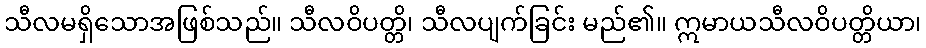
သီလမရှိသောအဖြစ်သည်။ သီလဝိပတ္တိ၊ သီလပျက်ခြင်း မည်၏။ ဣမာယသီလဝိပတ္တိယာ၊